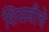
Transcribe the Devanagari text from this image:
शिसवीचे